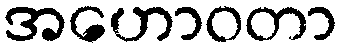
အဟောဝတာ